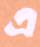
এ